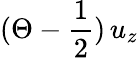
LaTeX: (\Theta-\frac{1}{2})\, u_{z}